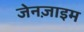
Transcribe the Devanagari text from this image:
जेनज़ाइम